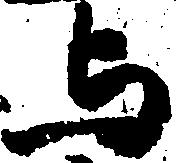
与